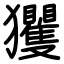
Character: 玃